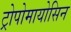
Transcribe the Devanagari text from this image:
ट्रोपोमायोसिन